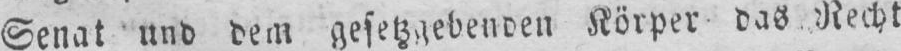
Senat und dem gesetzgebenden Körper das Recht